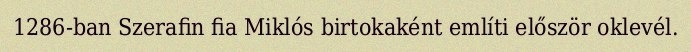
1286-ban Szerafin fia Miklós birtokaként említi először oklevél.